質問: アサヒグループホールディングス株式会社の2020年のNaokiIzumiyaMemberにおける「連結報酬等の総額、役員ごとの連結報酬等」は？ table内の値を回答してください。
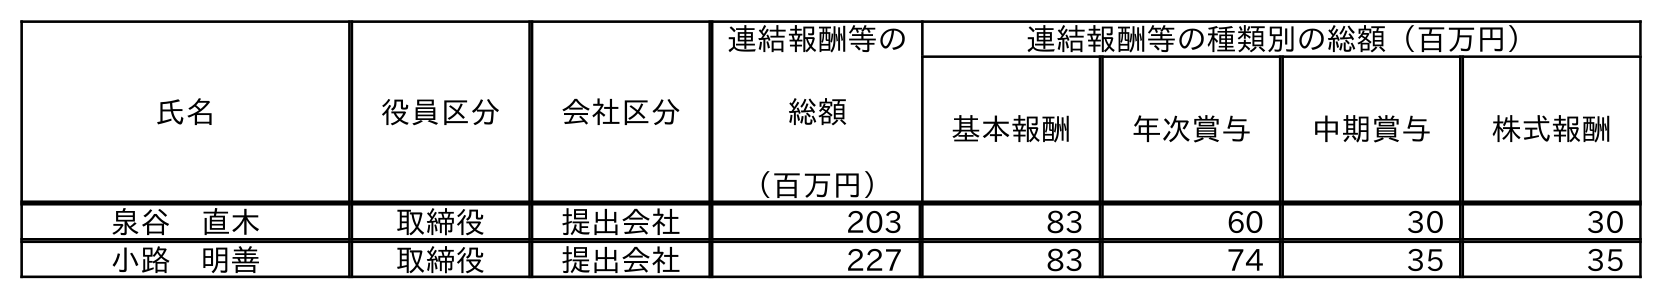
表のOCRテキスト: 氏名 役員区分 会社区分 連結報酬等の 総額 （百万円） 連結報酬等の種類別の総額（百万円） 基本報酬 年次賞与 中期賞与 株式報酬 泉谷 直木 取締役 提出会社 203 83 60 30 30 小路 明善 取締役 提出会社 227 83 74 35 35
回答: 203